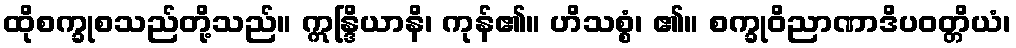
ထိုစက္ခုစသည်တို့သည်။ ဣန္ဒြိယာနိ၊ ကုန်၏။ ဟိသစ္စံ၊ ၏။ စက္ခုဝိညာဏာဒိပဝတ္တိယံ၊